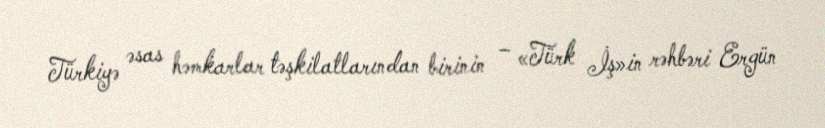
Türkiyə əsas həmkarlar təşkilatlarından birinin – «Türk İş»in rəhbəri Ergün